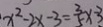
x ^ { 2 } - 2 x - 3 = \frac { 3 } { 5 } \times - 3